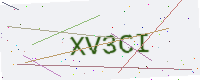
Text: XV3CI